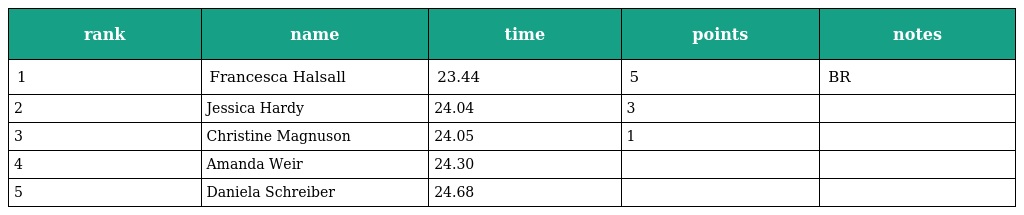
| rank | name | time | points | notes |
 | --- | --- | --- | --- | --- |
 | 1 | Francesca Halsall | 23.44 | 5 | BR |
 | 2 | Jessica Hardy | 24.04 | 3 |  |
 | 3 | Christine Magnuson | 24.05 | 1 |  |
 | 4 | Amanda Weir | 24.30 |  |  |
 | 5 | Daniela Schreiber | 24.68 |  |  |